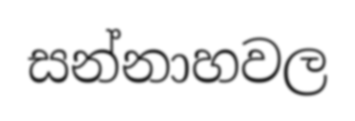
සන්නාහවල